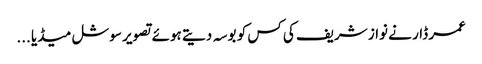
عمر ڈار نے نواز شریف کی کس کو بوسہ دیتے ہوئے تصویر سوشل میڈیا ...